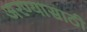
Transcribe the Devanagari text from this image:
अरण्यासाठी